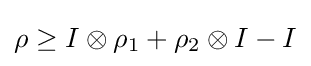
\rho \geq I\otimes \rho _{1}+\rho _{2}\otimes I-I